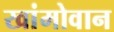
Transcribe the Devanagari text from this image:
खांमोवान